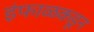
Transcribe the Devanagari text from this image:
इंफाळकडून